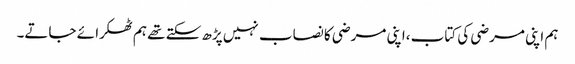
ہم اپنی مرضی کی کتاب ،اپنی مرضی کا نصاب نہیں پڑھ سکتے تھے ہم ٹھکرا ئے جاتے۔